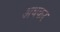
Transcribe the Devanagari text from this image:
अधकर